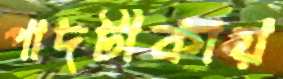
পাদটীকায়